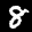
Label: 8